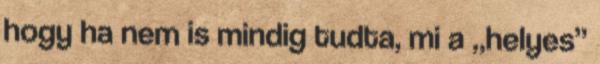
hogy ha nem is mindig tudta, mi a „helyes”